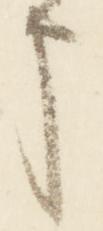
申